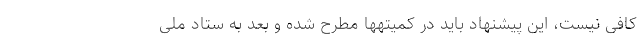
کافی نیست، این پیشنهاد باید در کمیتهها مطرح شده و بعد به ستاد ملی